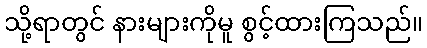
သို့ရာတွင် နားများကိုမူ စွင့်ထားကြသည်။